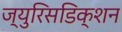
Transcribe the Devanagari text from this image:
ज्युरिसडिक्शन